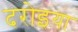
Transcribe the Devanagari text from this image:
दरोइया